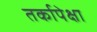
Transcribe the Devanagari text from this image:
तर्कापेक्षा